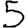
Digit: 5